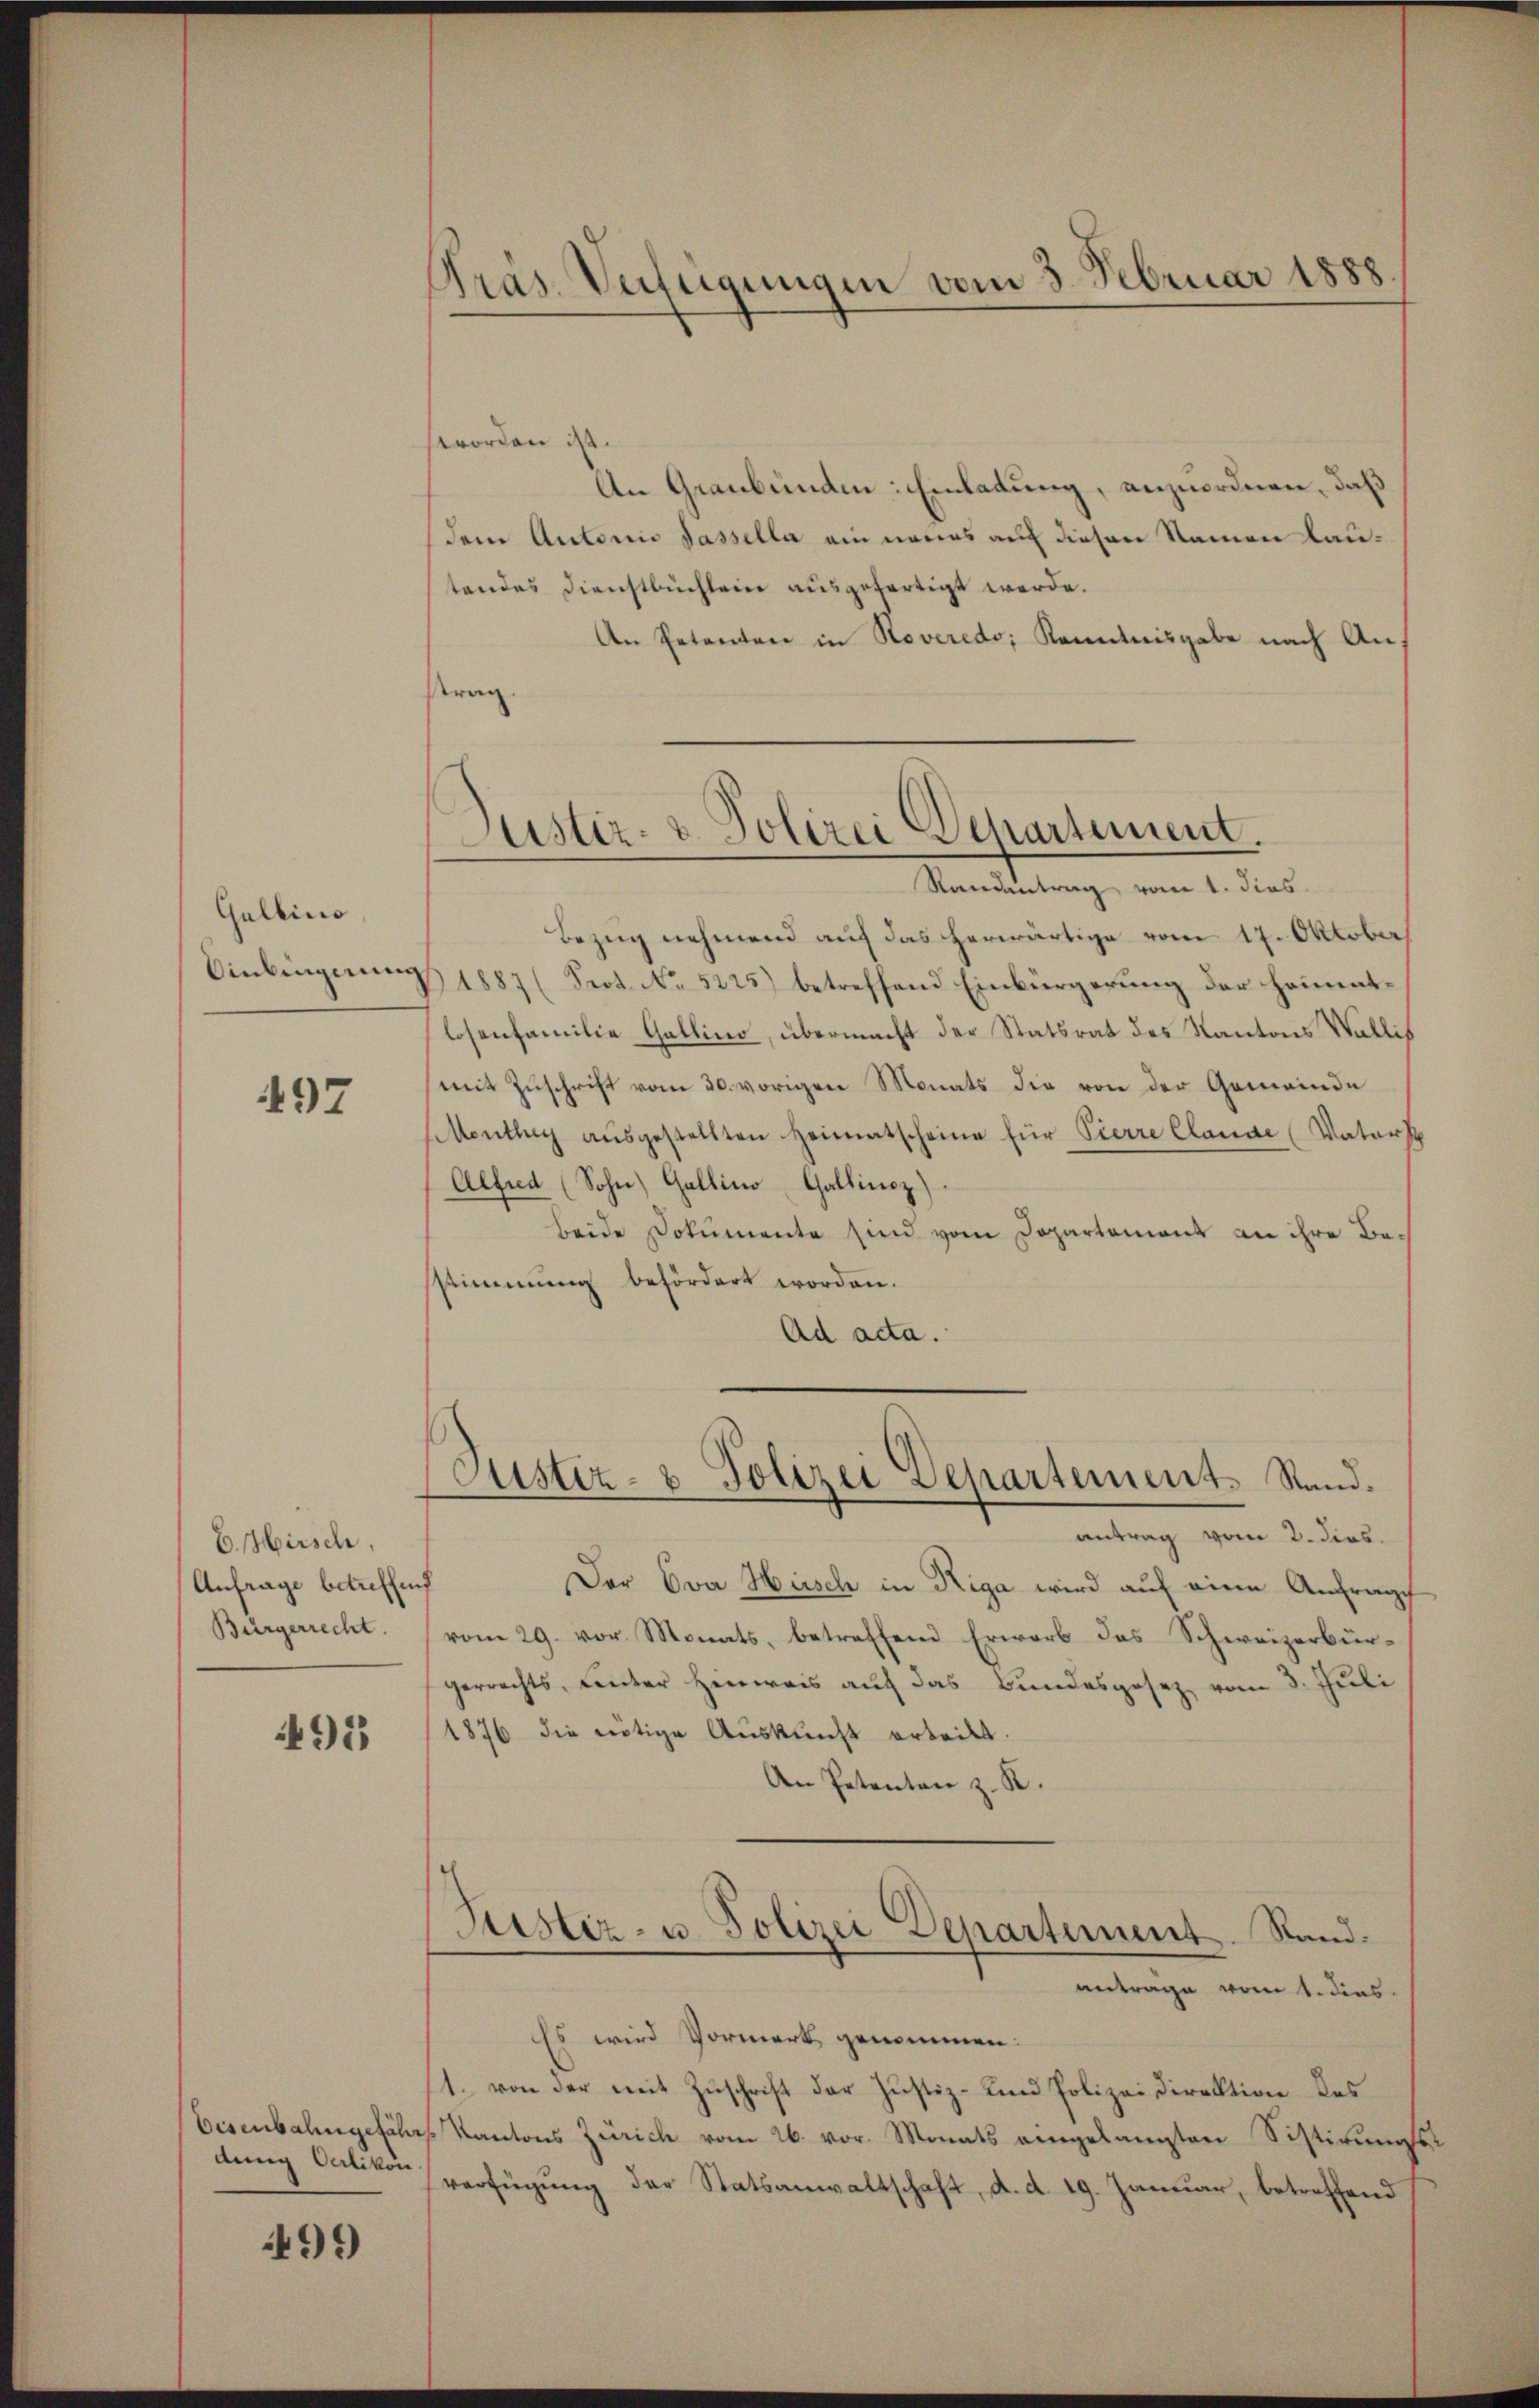
Gallino,
Ainkingung

497

E. Hirsch,
Anfrage betreffend
Bürgerrecht.

491

dung Oerlikon.

499

Präs. Verfügungen vom 3. Februar 1888.

worden ist.
An Graubünden: Einladung, anzuordnen, daß
dem Autorii sassella ein neues auf diesen Namen lautandes Dienstbuchlein ausgefertigt werde.
An Petenten in Roveredo, Kenntnisgabe nach An-
trag.
Bezug nehmend auf das herwärtige vom 17. Oktober
B1887 (Prot. No. 5225) betreffend Einbürgerung der hommentlosenfamilie Gallino, übermacht der Statsrat des Kantons Wallis
mit Zuschrift vom 30. vorigen Monats die von der Gemeinde
enthey aŭsgestellten Heimatscheine für Pierre Claude (Vaters
Alfred (Sohn Gallino Gallinoz)
Beide Dokumente sind vom Departement an ihre Besstimmung befördert worden.
Ad acta.
(Justiz- & Polizei Departement Stand.
antrag vom 2. dies.
Der Eva Heisch in Riga wird auf eine Anfrage
vom 29. vor. Monats, betreffend Erwarb das Schweizerbürgerrechts, Leuter Hinweis auf das Bundesgesez vom 3. Juli
1876 die nötige Auskunft erteilt.
An Petenten z. R.
Justiz- u. Polizei Departement. Stand.
antrage vom 1. dies
Es wird Vormerk genommen:
1. von der mit Zuschrift der Justiz- und Polizei Direktion des
Eisenbahngefals Kantons Zürich vom 26. vor. Monats eingelangten Sistirungsst
verfügung der Statsanwaltschaft, d. d. 19. Januar, betreffend

Justiz- & Polizei Departement.
Randantrag vom 1. dies